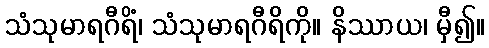
သံသုမာရဂီရိံ၊ သံသုမာရဂီရိကို။ နိဿာယ၊ မှီ၍။